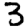
Digit: 3